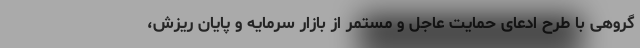
گروهی با طرح ادعای حمایت عاجل و مستمر از بازار سرمایه و پایان ریزش،